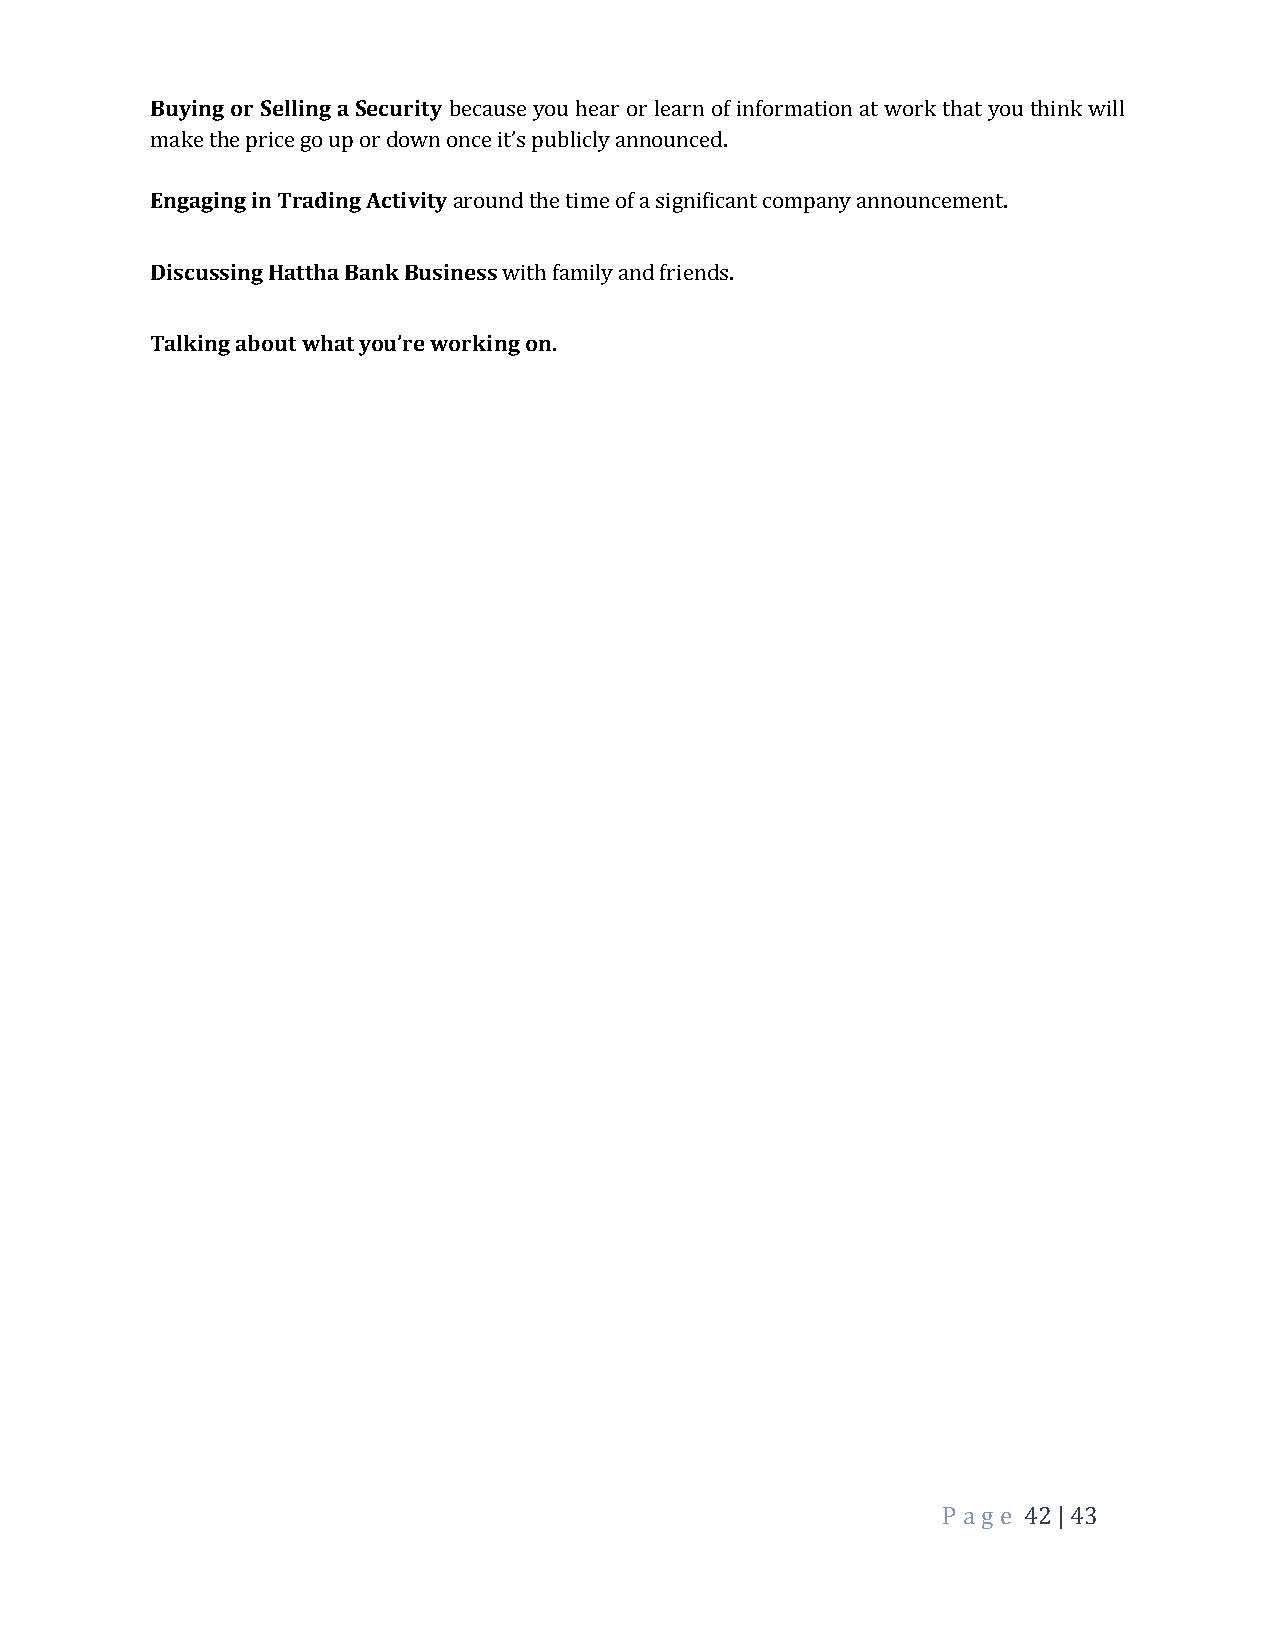
Buying or Selling a Security because you hear or learn of information at work that you think will
 make the price go up or down once it’s publicly announced.
 Engaging in Trading Activity around the time of a significant company announcement.
 Discussing Hattha Bank Business with family and friends.
 Talking about what you’re working on.
 P a ge 42 | 43